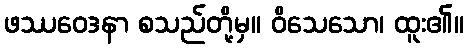
ဖဿဝေဒနာ စသည်တို့မှ။ ဝိသေသော၊ ထူး၏။